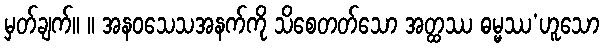
မှတ်ချက်။ ။ အနဝသေသအနက်ကို သိစေတတ်သော အတ္ထဿ ဓမ္မဿ’ဟူသော